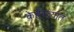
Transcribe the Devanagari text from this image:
केहेरव्यात